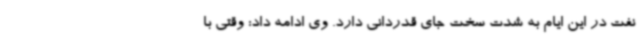
نفت در این ایام به شدت سخت جای قدردانی دارد. وی ادامه داد: وقتی با